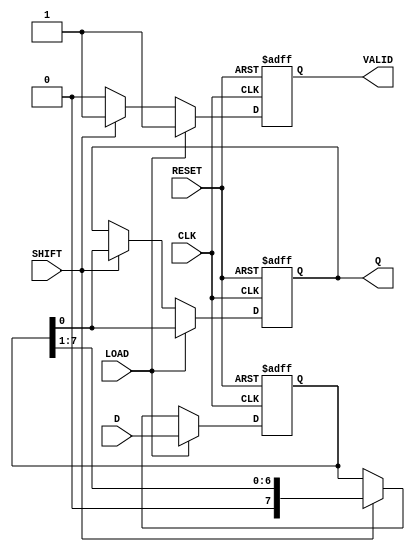
module PISO #(
    parameter N = 8  // Parameter for the width of the register
)(
    input  wire [N-1:0] D,      // Parallel data input
    input  wire LOAD,            // Load signal
    input  wire SHIFT,           // Shift signal
    input  wire CLK,             // Clock signal
    input  wire RESET,           // Reset signal
    output reg  Q,               // Serial output
    output reg  VALID            // Shifted data valid signal
);

    // Internal shift register
    reg [N-1:0] SR;

    // Sequential logic for PISO operation
    always @(posedge CLK or posedge RESET) begin
        if (RESET) begin
            // Reset the shift register and output
            SR <= {N{1'b0}};
            Q <= 1'b0;
            VALID <= 1'b0;
        end else begin
            if (LOAD) begin
                // Load parallel data into the shift register
                SR <= D;
                Q <= SR[0]; // Output the LSB
                VALID <= 1'b1; // Data is valid after loading
            end else if (SHIFT) begin
                // Shift operation
                Q <= SR[0]; // Output the LSB
                SR <= {1'b0, SR[N-1:1]}; // Shift right and fill MSB with 0
                VALID <= 1'b1; // Data is valid after shifting
            end else begin
                VALID <= 1'b0; // No valid data if neither LOAD nor SHIFT is active
            end
        end
    end

endmodule